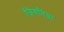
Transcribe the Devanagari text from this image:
जिगनिया